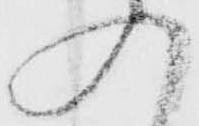
入